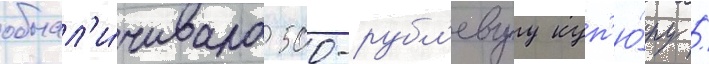
обнал'и́чивала 500-рубл'евуу куп'ю́ру /